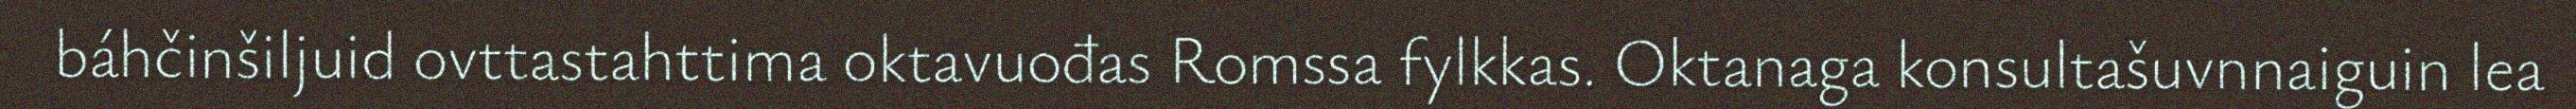
báhčinšiljuid ovttastahttima oktavuođas Romssa fylkkas. Oktanaga konsultašuvnnaiguin lea